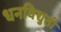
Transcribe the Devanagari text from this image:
धनविद्युती